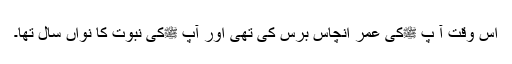
اس وقت آ پ ﷺکی عمر انچاس برس کی تھی اور آپ ﷺکی نبوت کا نواں سال تھا۔